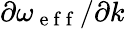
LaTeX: \partial\omega_{\mathrm{~e~f~f~}}/\partial k